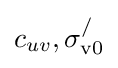
{c_{uv}},{\sigma _{\mathrm {v0} }^{/}}